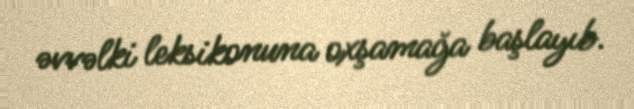
əvvəlki leksikonuna oxşamağa başlayıb.